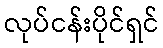
လုပ်ငန်းပိုင်ရှင်